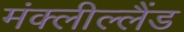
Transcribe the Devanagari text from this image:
मंक्लील्लैंड